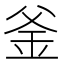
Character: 釜